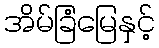
အိမ်ခြံမြေနှင့်